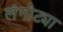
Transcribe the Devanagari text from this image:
लंगोट्या